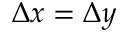
\Delta x = \Delta y